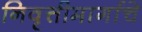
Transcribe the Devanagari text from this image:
निवृत्तीमार्गाचे